Report on vaccination in Madras 1904-1921 - 1904-1921
Year: 1904
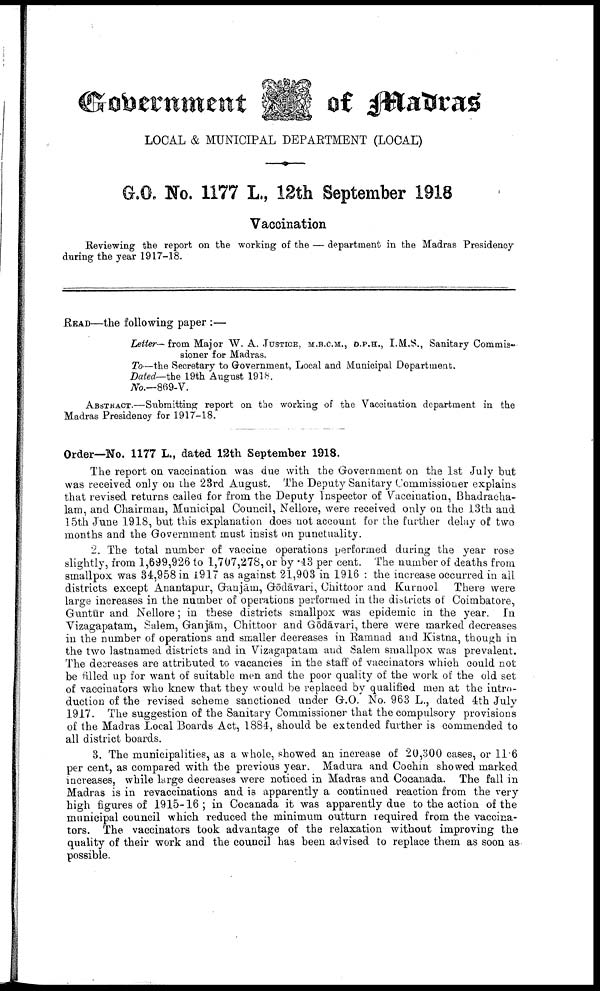
Government
of Madras
LOCAL & MUNICIPAL DEPARTMENT (LOCAL)
G.O. No. 1177 L., 12th September 1918
Vaccination
Reviewing the report on the working of the — department in the Madras Presidency
during the year 1917-18.
READ—the following paper :—
Letter— from Major W. A. JUSTICE, M.B.C.M., D.P.H., I.M.S., Sanitary Commis
sioner for Madras.
To—the Secretary to Government, Local and Municipal Department.
Dated—the 19th August 1918.
No.—869-V.
ABSTRACT.—Submitting report on the working of the Vaccination department in the
Madras Presidency for 1917-18.
Order—No. 1177 L., dated 12th September 1918.
The report on vaccination was due with the Government on the 1st July but
was received only on the 23rd August. The Deputy Sanitary Commissioner explains
that revised returns called for from the Deputy Inspector of Vaccination, Bhadracha-
lam, and Chairman, Municipal Council, Nellore, were received only on the 13th and
15th June 1918, but this explanation does not account for the further delay of two
months and the Government must insist on punctuality.
2. The total number of vaccine operations performed during the year rose
slightly, from 1,699,926 to 1,707,278, or by .43 per cent. The number of deaths from
smallpox was 34,958 in 1917 as against 21,903 in 1916 : the increase occurred in all
districts except Anantapur, Ganjām, Gōdāvari, Chittoor and Kurnool. There were
large increases in the number of operations performed in the districts of Coimbatore,
Guntūr and Nellore; in these districts smallpox was epidemic in the year. In
Vizagapatam, Salem, Ganjām, Chittoor and Gódāvari, there were marked decreases
in the number of operations and smaller decreases in Ramnad and Kistna, though in
the two lastnamed districts and in Vizagapatam and Salem smallpox was prevalent.
The decreases are attributed to vacancies in the staff of vaccinators which could not
be filled up for want of suitable men and the poor quality of the work of the old set
of vaccinators who knew that they would be replaced by qualified men at the intro
duction of the revised scheme sanctioned under G.O. No. 963 L., dated 4th July
1917. The suggestion of the Sanitary Commissioner that the compulsory provisions
of the Madras Local Boards Act, 1884, should be extended further is commended to
all district boards.
3. The municipalities, as a whole, showed an increase of 20,300 cases, or 11.6
per cent, as compared with the previous year. Madura and Cochin showed marked
increases, while large decreases were noticed in Madras and Cocanada. The fall in
Madras is in revaccinations and is apparently a continued reaction from the very
high figures of 1915-16; in Cocanada it was apparently due to the action of the
municipal council which reduced the minimum outturn required from the vaccina
tors. The vaccinators took advantage of the relaxation without improving the
quality of their work and the council has been advised to replace them as soon as
possible.